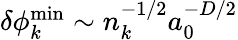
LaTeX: \begin{array}{r}{\delta\phi_{k}^{\operatorname*{min}}\sim n_{k}^{-1/2}a_{0}^{-D/2}}\end{array}